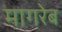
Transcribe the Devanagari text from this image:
मागरेब